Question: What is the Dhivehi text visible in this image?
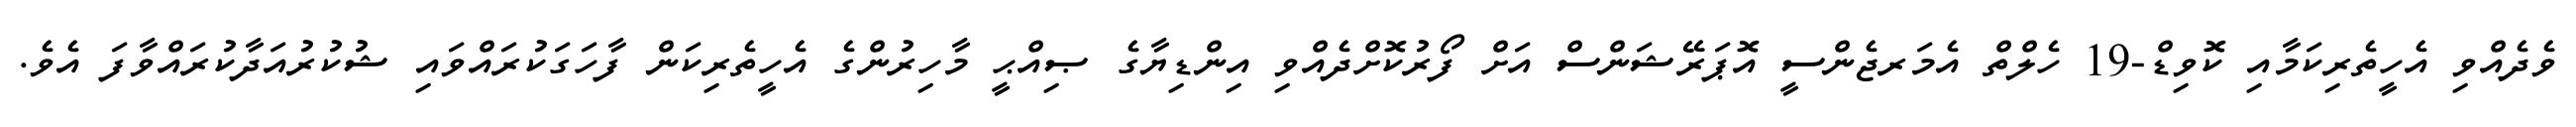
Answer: ވެދެއްވި އެހީތެރިކަމާއި ކޮވިޑް-19 ހެލްތް އެމަރޖެންސީ އޮޕަރޭޝަންސް އަށް ފޯރުކޮށްދެއްވި އިންޑިޔާގެ ޞިއްޙީ މާހިރުންގެ އެހީތެރިކަން ފާހަގަކުރައްވައި ޝުކުރުއަދާކުރައްވާފަ އެވެ.